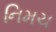
નિમચ